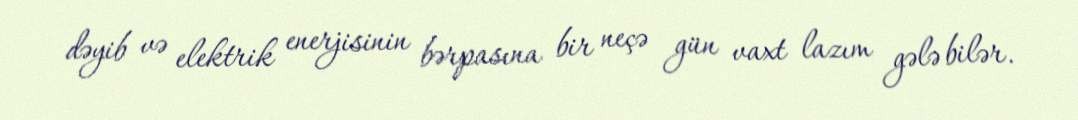
dəyib və elektrik enerjisinin bərpasına bir neçə gün vaxt lazım gələ bilər.